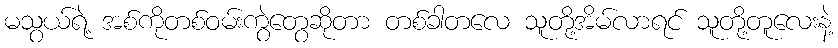
မသွယ်ရဲ့ အစ်ကိုတစ်ဝမ်းကွဲတွေဆိုတာ တစ်ခါတလေ သူတို့အိမ်လာရင် သူတို့တူလေးနဲ့